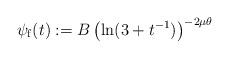
LaTeX: \begin{align*}\psi_\mathrm{f}(t):=B\left(\ln(3+t^{-1})\right)^{-2\mu\theta}\end{align*}